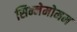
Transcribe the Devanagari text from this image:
सिन्नेमोमम